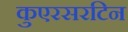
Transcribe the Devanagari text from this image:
कुएरसरटिन